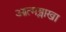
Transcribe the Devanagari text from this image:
आत्मश्लाखा